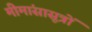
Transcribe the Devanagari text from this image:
मीमांसासूत्रों